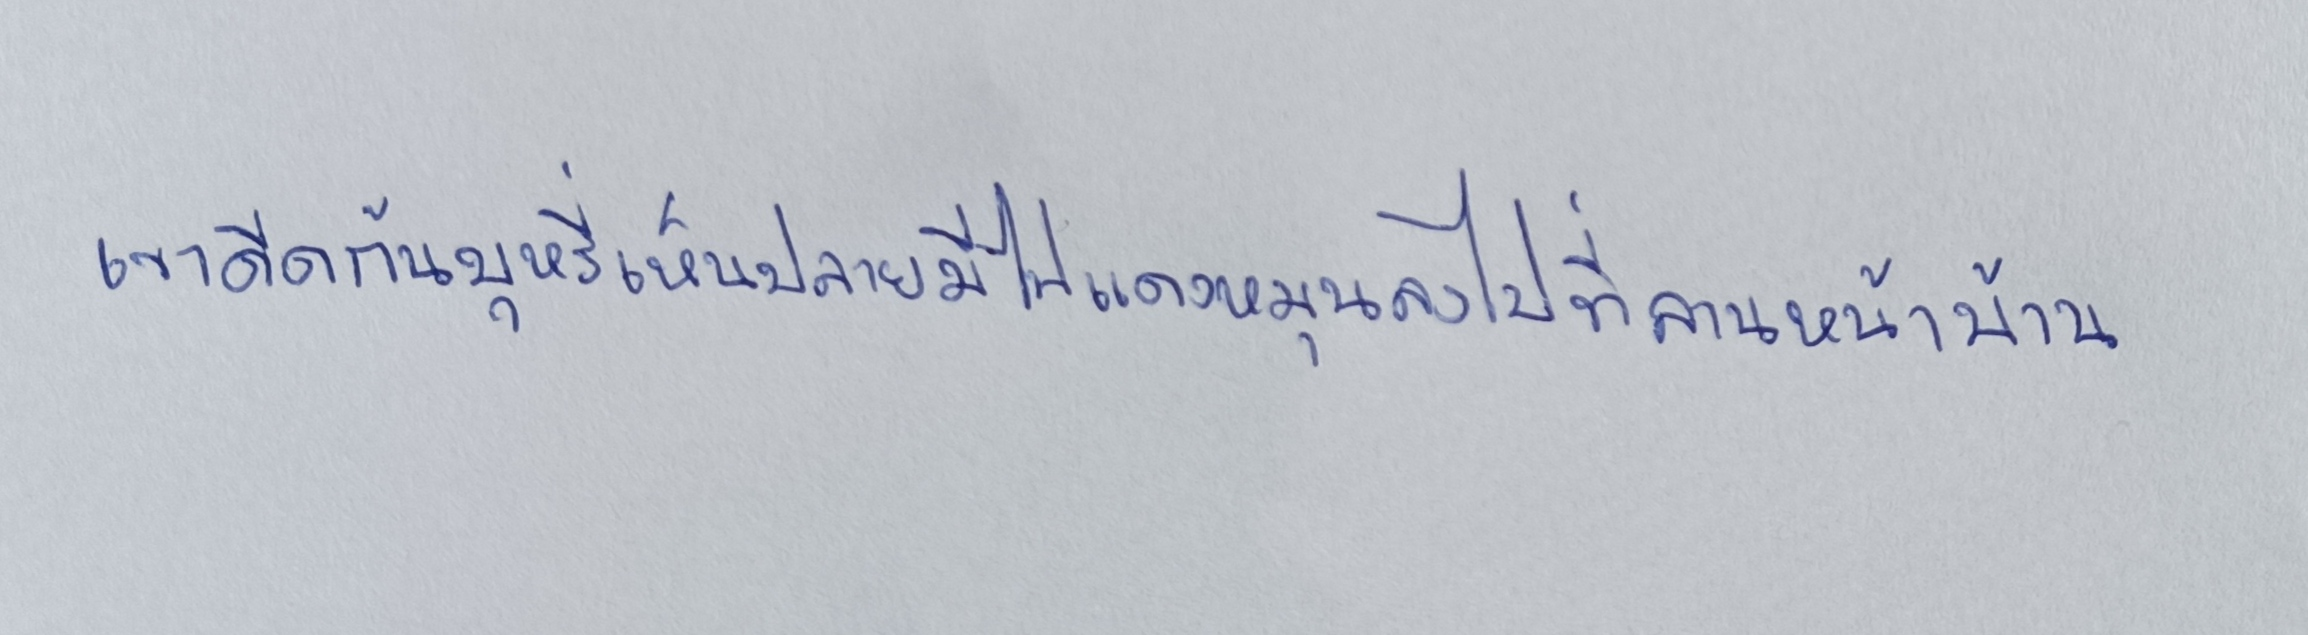
เขาดีดก้นบุหรี่เห็นปลายมีไฟแดงหมุนลงไปที่ลานหน้าบ้าน